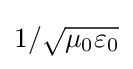
1/{\sqrt {\mu _{0}\varepsilon _{0}}}